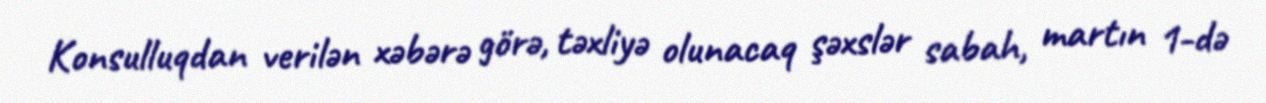
Konsulluqdan verilən xəbərə görə, təxliyə olunacaq şəxslər sabah, martın 1-də